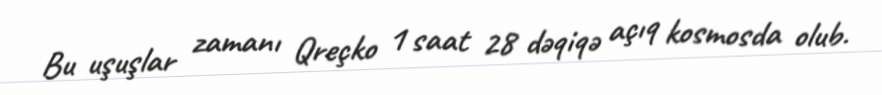
Bu uşuşlar zamanı Qreçko 1 saat 28 dəqiqə açıq kosmosda olub.